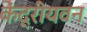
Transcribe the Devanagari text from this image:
केंद्रीयवन